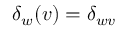
\delta _ { w } ( v ) = \delta _ { w v }